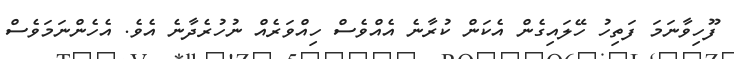
ފޫހިވާނަމަ ފަތިހު ހޭލައިގެން އެކަން ކުރާނެ އެއްވެސް ހިއްވަރެއް ނުހުރެދާނެ އެވެ. އެހެންނަމަވެސް